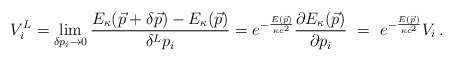
\begin{align*} V_i^{L} =\lim\limits_{\delta p_i \to 0} \frac{E_\kappa(\vec{p}+\delta\vec{p}) - E_\kappa(\vec{p})}{\delta^L p_i} =e^{-\frac{E(\vec{p})}{\kappa c^2}}\frac{\partial E_\kappa (\vec{p})}{\partial p_i} \ = \ e^{-\frac{E(\vec{p})}{\kappa c^2}}V_i \, .\end{align*}